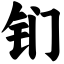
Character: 钔